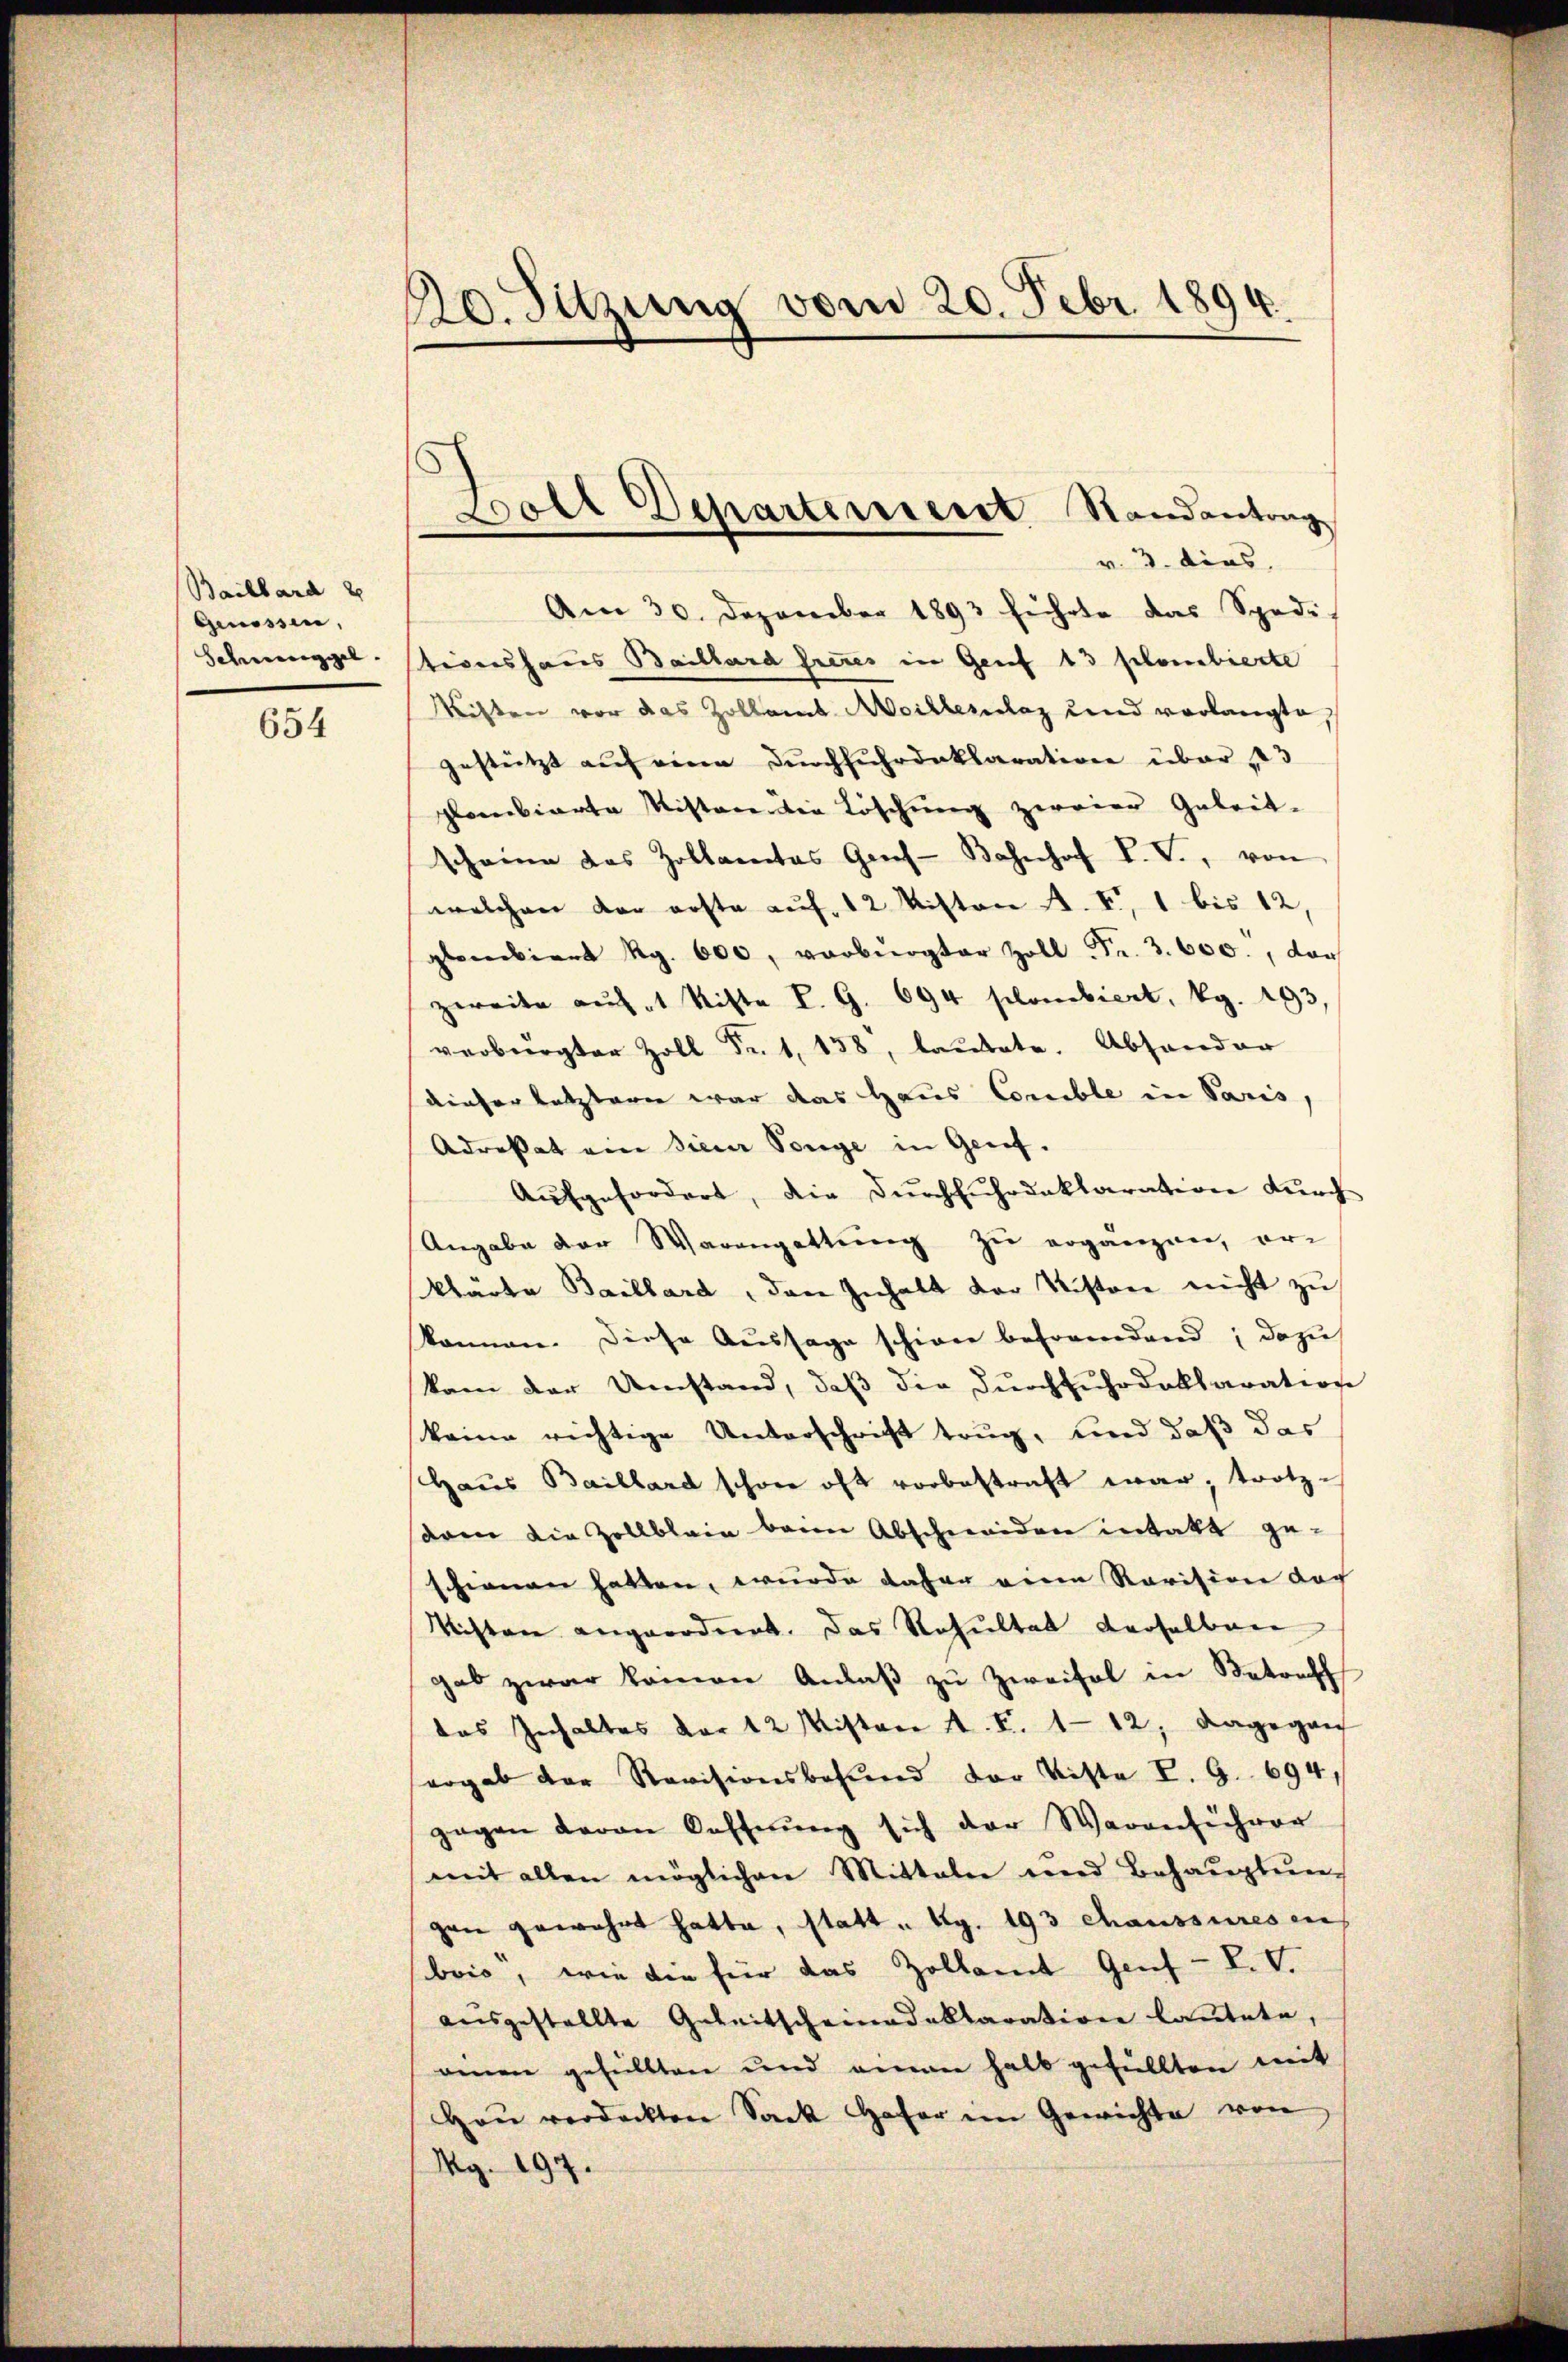
Baillard
Genossen,
Scheunggel.

654

20. Sitzung vom 20. Febr. 1894.

Boll Departement Randantrag
v. 3. dies,

Am 30. Dezember 1893 führte das Spedi-
tionshaus Baillard hieres in Genf 13 selonbierte
Wilten vor das Zollans Mitterlag und vorlangte,
gestützt auf eine Durchfuhrdaklaration über 23
plobierte Kistere die Löschung zweier Geleitscheine das Zollamtes Gres-Bahnhof L. V., von
welchen der erste auf 12 Mitten A. V, 1 bis 12,
pliciert Rg. 600, verbürgter Zoll Fr. 3. 600., vor
zweite aŭf 1 Kiste L. G. 694 plombiert, kg. 193
verbürgter Zoll Fr. 1. 138, lautete. Absonder
dieser letzteren war das Haus Conible in Paris,
Adrestat am siener Tonge in Genf.
Aŭfgefordert, die Dŭrchführdaklaration dŭrch
Angabe der Warengattung zu ergänzen, or-
klarte Baillard, den Inhalt der Kistone nicht zu
können. Diese Aussage schien befremdend; dazu
kam der Umstand, daß die Durchfuhrdaklaration
keine richtige Unterschrift trug, und daß das
Haus Baillard schon oft vorbestraft war, trotz-
saren die Zollblain beim Abschneiden intakt ge-
schienen hatten, wurde daher eine Revision doch
Kisten angeordnet. Das Resultat derselben
gab zwar keinen Anlaβ zŭ Zweifel in Betreff
das Inhaltes der 12 Misten d. S. 112; dagegan
ergab der Revisionsbefund der Kiste P. G. 694.
zogen daran Oesterŭng sich der Warenführer
mit allen möglichen Mitteln und Behaŭptŭn-
gen gewahrt hatte, statt „ Ag. 193 chaussures in
bois, wie die für das Zollamt Genf - P. V.
ausgestellte Geleitscheinadaklaration lautete,
amen gefüllten und einen halb gefüllten mit
Haŭ verdeckten Sack Hafer im Gewichte von
Mg. 197.